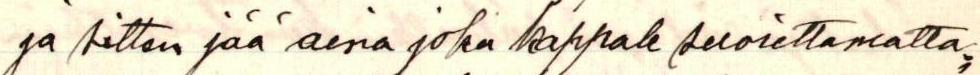
ja sitten jää aina joku kappale suorittamatta,